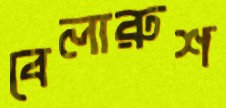
বেলারুশ